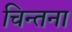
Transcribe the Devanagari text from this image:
चिन्तना